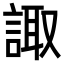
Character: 諏